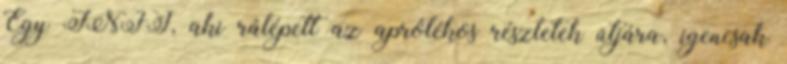
Egy INFJ, aki rálépett az aprólékos részletek útjára, igencsak